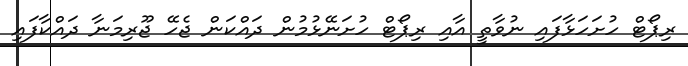
ރިޕޯޓް ހުށަހަޅާފައި ނުވާތީ އާއި ރިޕޯޓް ހުށަނޭޅުމުން ދައްކަން ޖެހޭ ޖޫރިމަނާ ދައްކާފައި